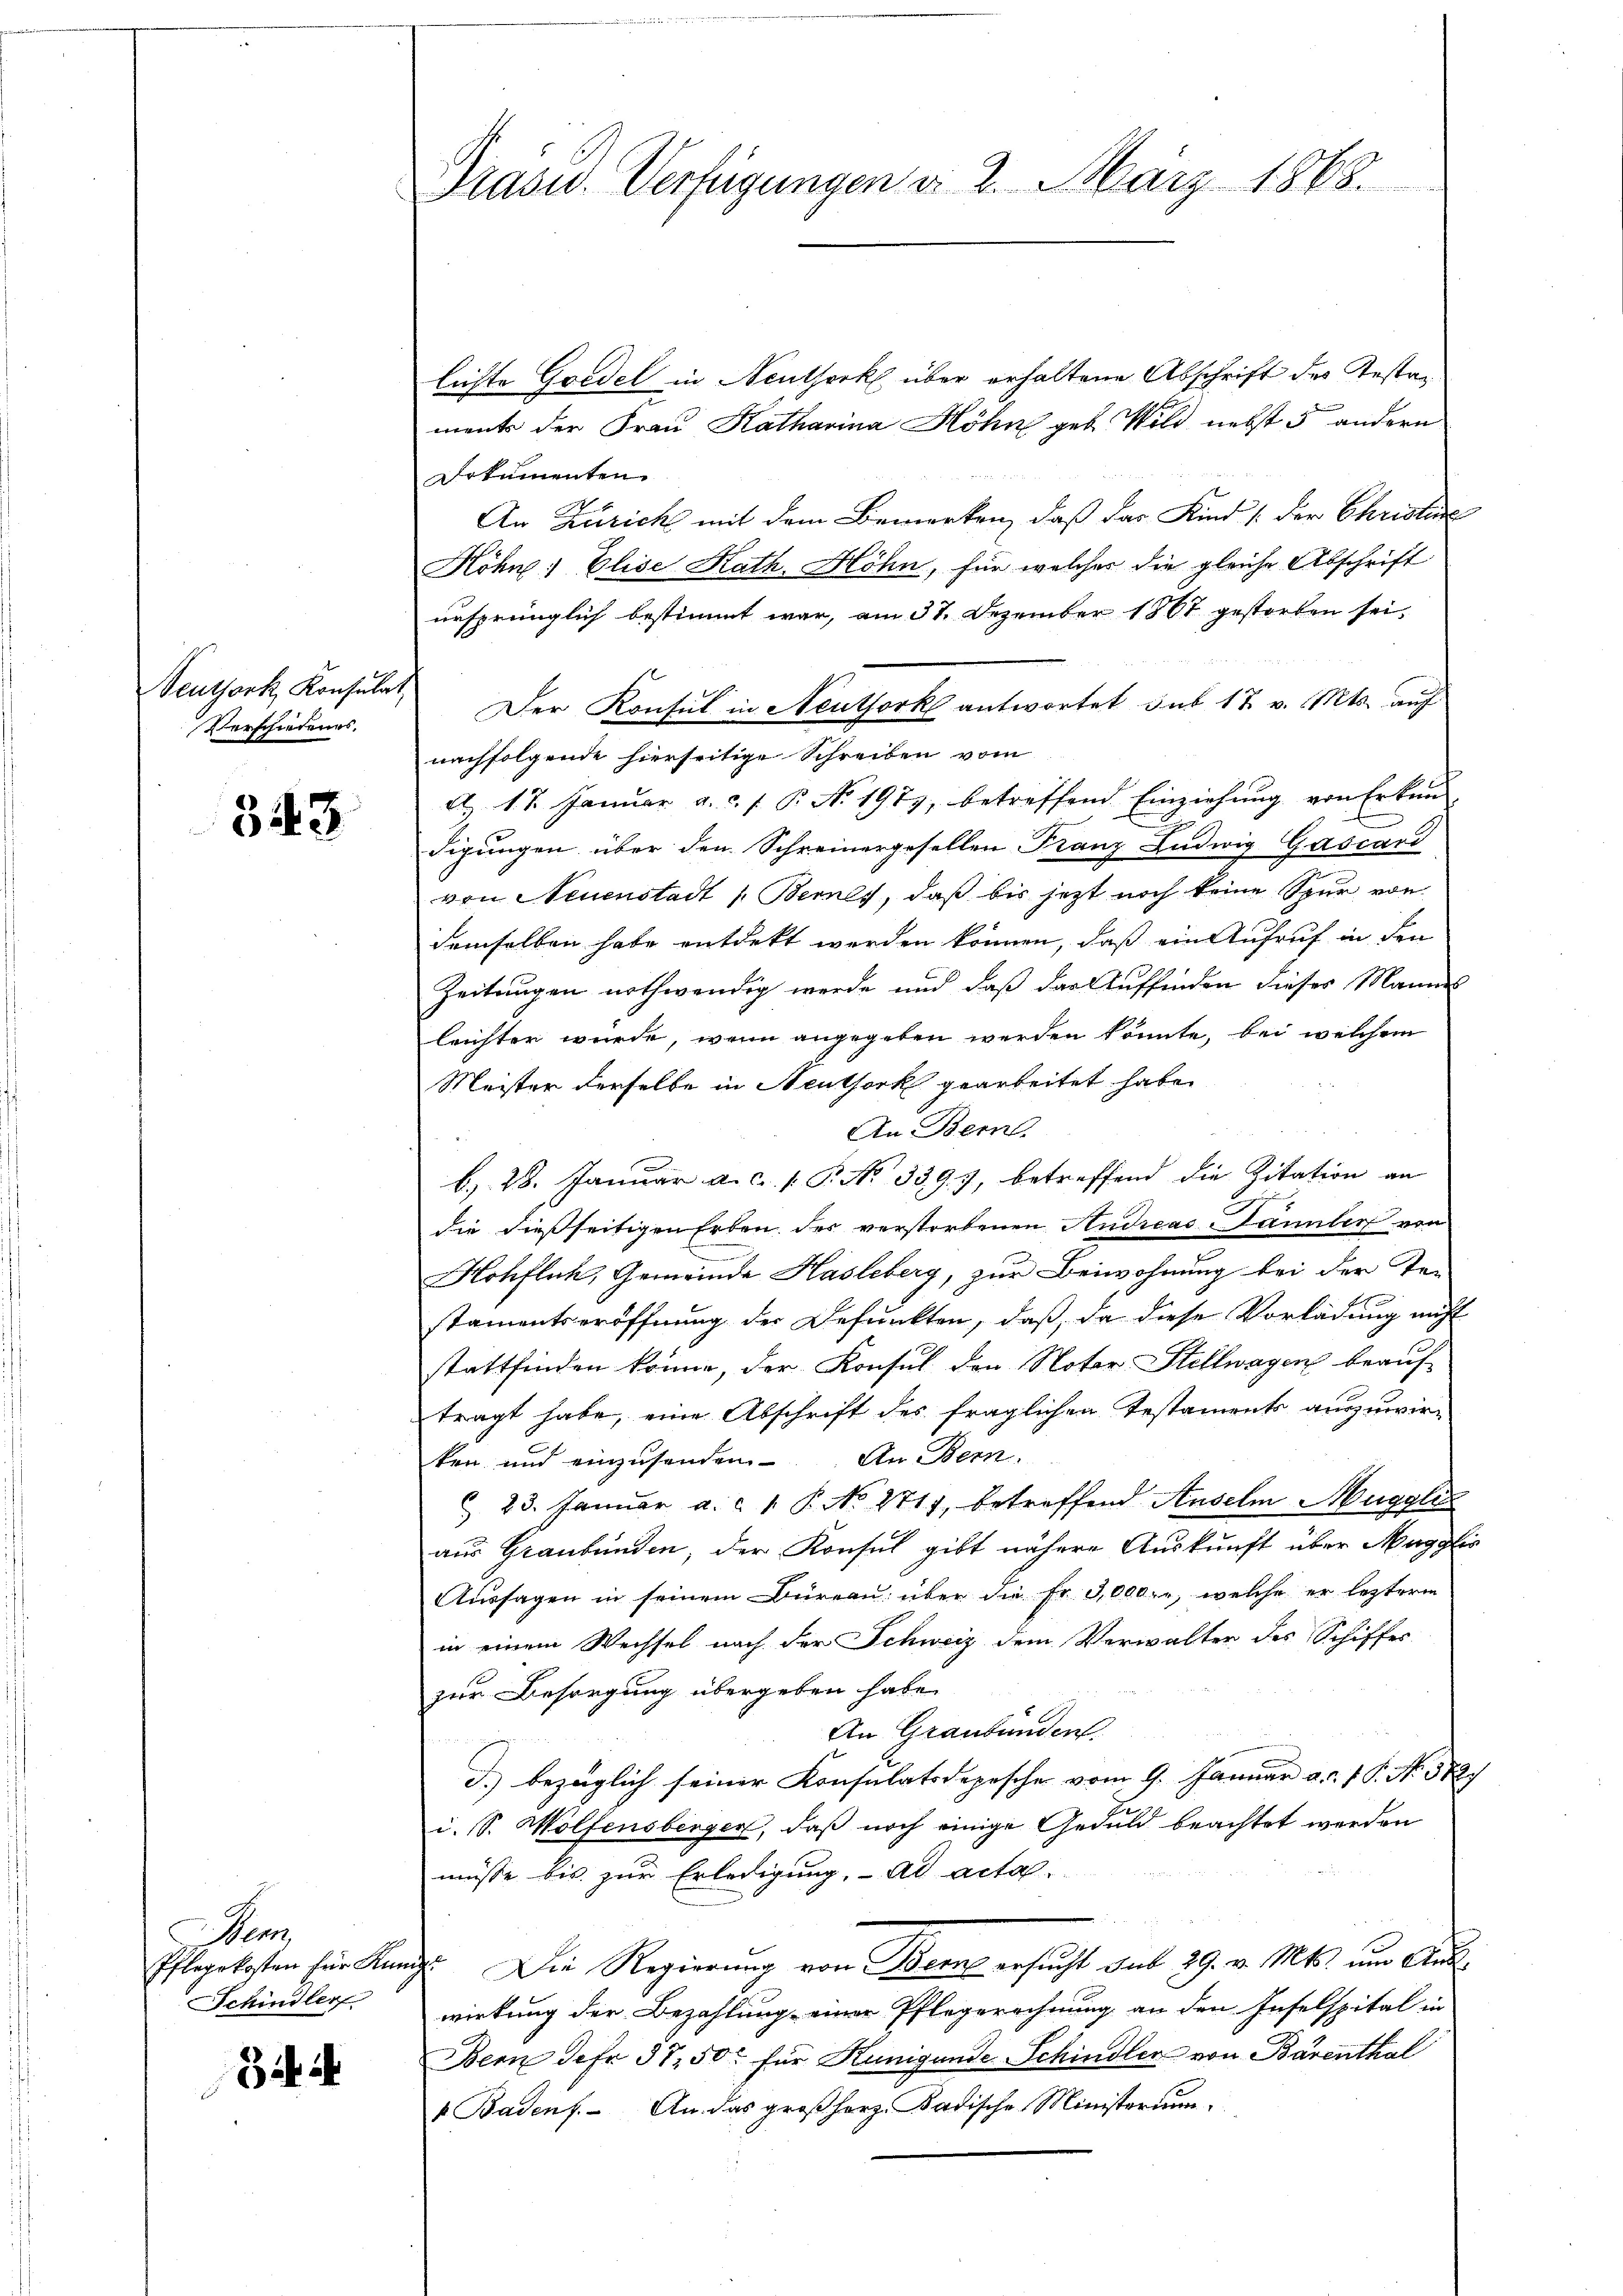
Veuthork, Konsula
Verschiedenes.

343

Biha

Präsid. Verfügungen d. 2. März 1868.

s

Sum
Schindler

lichte Goedel in Neuthork über erhaltene Abschrift des Testaments der Frau Katharina Höhn geb. Wild nebst 5 andern
Dokumenten.
An Zürich mit dem Bemerken, daß das Kind (der Christen
Köhne & Elise Kath. Höhn, für welches die gleiche Abschrift
ursprünglich bestimmt war, am 31. Dezember 1867 gestorben sei.
nachfolgende hierseitige Schreiben vom
A. 17. Januar a. c. f. P. N. 1973, betreffend Einziehŭng von Erken-
digungen über den Schreinergesellen Franz Ludwig Gascard
von Neuenstadt 1. Bernes, daß bis jetzt noch keine Spur von
demselben habe entdekt werden können, daß ein Aufruf in den
Zeitungen nothwendig werde und daß das Auffinden dieses Mannes
leichter wurde, wenn angegeben werden könnte, bei welchem
Meister derselbe in Neuthork gearbeitet habe.
An Bern.
b., 28. Januar a.c. s. P. No 339.3, betreffend die Zitation an
die dießseitigen Erben der verstorbenen Andreas-Famulen von
Hohfluh, Gemeinde Hasleberg, zur Beiwohnung bei der Te-
stamentseröffnung der Befunkten, daß, da diese Vorladung nicht
stattfinden könne, der Konsul den Notar Stellwagen beauf-
tragt habe, eine Abschrift des fraglichen Testaments auszuwirken und einzusenden. An Bern.
C 23. Januar a. c. 1 P. No 271, betreffend Auselm Mugglis
aus Graubünden, der Konsul gibt nähere Auskunft über Muggle
Aussagen in seinem Büreau über die Fr. 3,000. r, welche er lezterm
in einem Wechsel nach der Schweiz dem Verwalter des Schiffes
zur Besorgung übergeben habe.
An Graubünden.
I.) bezüglich seiner Konsulatsdepesche vom 9. Januar a. d. 15. No. 582.
i. S. Wolfensberger, daß noch einige Geduld beachtet werden
müsse bis zur Erledigung. ad acta.
Pflegekosten für Kanze Die Regierung von Bern ersucht sub 29. v. Mts. um Auswirkung der Bezahlung einer Pflegerechnung an den Inselspital in
Bern der 37, 50 für Kunigunde Schindler von Barenthal
1 Badens. An das großherz. Badische Ministerium.

Der Konsul in Neuthork antwortet sub 17. v. Mts. auf